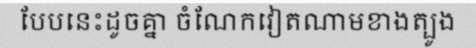
បែបនេះដូចគ្នា ចំណែកវៀតណាមខាងត្បូង